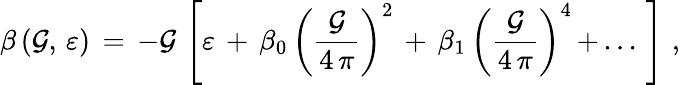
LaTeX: \beta\, (\mathcal{G},\, \varepsilon)\, =\, -\mathcal{G}\, \left[\varepsilon\, +\, \beta_{0}\, \left(\frac{{\mathcal{G}}}{{4\, \pi}}\right)^{2}\, +\, \beta_{1}\, \left(\frac{{\mathcal{G}}}{{4\, \pi}}\right)^{4}\, +\, ...\, \right]\, \, ,